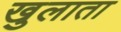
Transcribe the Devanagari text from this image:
खुलाता